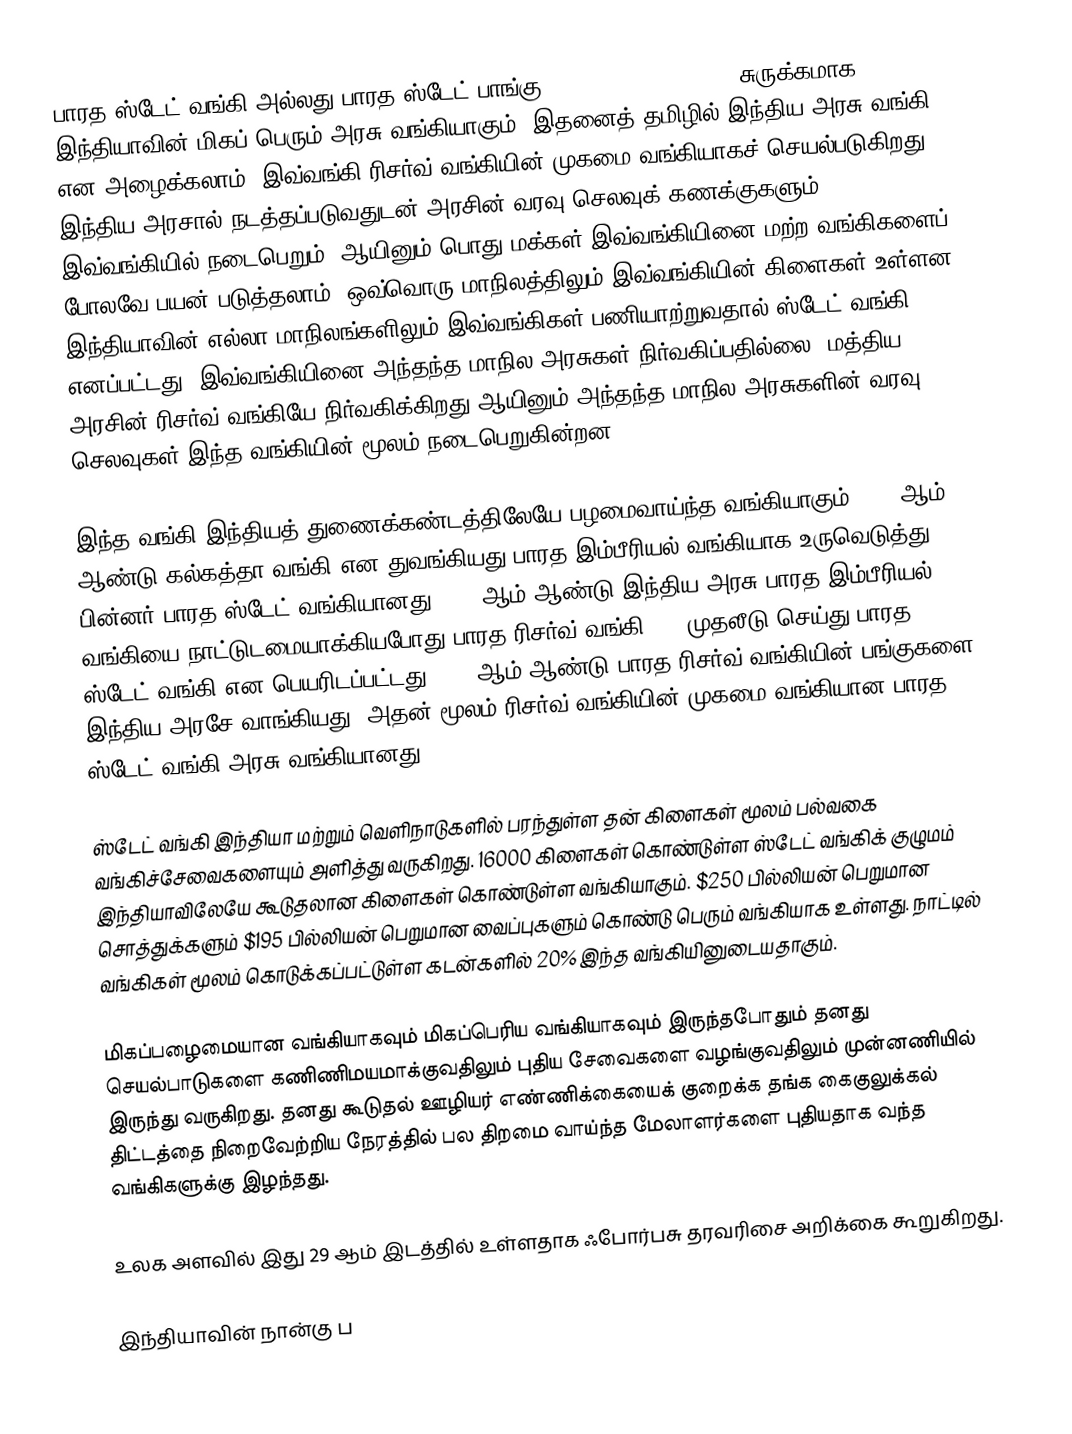
பாரத ஸ்டேட் வங்கி அல்லது பாரத ஸ்டேட் பாங்கு (State Bank of India, சுருக்கமாக SBI) (, ) இந்தியாவின் மிகப் பெரும் அரசு வங்கியாகும். இதனைத் தமிழில் இந்திய அரசு வங்கி என அழைக்கலாம். இவ்வங்கி ரிசர்வ் வங்கியின் முகமை வங்கியாகச் செயல்படுகிறது. இந்திய அரசால் நடத்தப்படுவதுடன் அரசின் வரவு செலவுக் கணக்குகளும் இவ்வங்கியில் நடைபெறும். ஆயினும் பொது மக்கள் இவ்வங்கியினை மற்ற வங்கிகளைப் போலவே பயன் படுத்தலாம். ஒவ்வொரு மாநிலத்திலும் இவ்வங்கியின் கிளைகள் உள்ளன. இந்தியாவின் எல்லா மாநிலங்களிலும் இவ்வங்கிகள் பணியாற்றுவதால் ஸ்டேட் வங்கி எனப்பட்டது. இவ்வங்கியினை அந்தந்த மாநில அரசுகள் நிர்வகிப்பதில்லை. மத்திய அரசின் ரிசர்வ் வங்கியே நிர்வகிக்கிறது.ஆயினும் அந்தந்த மாநில அரசுகளின் வரவு செலவுகள் இந்த வங்கியின் மூலம் நடைபெறுகின்றன.

இந்த வங்கி  இந்தியத் துணைக்கண்டத்திலேயே பழமைவாய்ந்த வங்கியாகும். 1806ஆம் ஆண்டு கல்கத்தா வங்கி என துவங்கியது பாரத இம்பீரியல் வங்கியாக உருவெடுத்து பின்னர் பாரத ஸ்டேட் வங்கியானது. 1955ஆம் ஆண்டு இந்திய அரசு பாரத இம்பீரியல் வங்கியை நாட்டுடமையாக்கியபோது பாரத ரிசர்வ் வங்கி 60% முதலீடு செய்து பாரத ஸ்டேட் வங்கி என பெயரிடப்பட்டது. 2008ஆம் ஆண்டு பாரத ரிசர்வ் வங்கியின் பங்குகளை இந்திய அரசே வாங்கியது. அதன் மூலம் ரிசர்வ் வங்கியின் முகமை வங்கியான பாரத ஸ்டேட் வங்கி அரசு வங்கியானது.

ஸ்டேட் வங்கி இந்தியா மற்றும் வெளிநாடுகளில் பரந்துள்ள தன் கிளைகள் மூலம் பல்வகை வங்கிச்சேவைகளையும் அளித்து வருகிறது. 16000 கிளைகள் கொண்டுள்ள ஸ்டேட் வங்கிக் குழுமம் இந்தியாவிலேயே கூடுதலான கிளைகள் கொண்டுள்ள வங்கியாகும். $250 பில்லியன் பெறுமான சொத்துக்களும் $195 பில்லியன் பெறுமான வைப்புகளும் கொண்டு  பெரும் வங்கியாக உள்ளது. நாட்டில் வங்கிகள் மூலம் கொடுக்கப்பட்டுள்ள கடன்களில் 20% இந்த வங்கியினுடையதாகும்.

மிகப்பழைமையான வங்கியாகவும் மிகப்பெரிய வங்கியாகவும் இருந்தபோதும் தனது செயல்பாடுகளை கணிணிமயமாக்குவதிலும் புதிய சேவைகளை வழங்குவதிலும் முன்னணியில் இருந்து வருகிறது. தனது கூடுதல் ஊழியர் எண்ணிக்கையைக் குறைக்க தங்க கைகுலுக்கல் திட்டத்தை நிறைவேற்றிய நேரத்தில் பல திறமை வாய்ந்த மேலாளர்களை புதியதாக வந்த வங்கிகளுக்கு இழந்தது.

உலக அளவில் இது 29 ஆம் இடத்தில் உள்ளதாக ஃபோர்பசு தரவரிசை அறிக்கை கூறுகிறது.

இந்தியாவின் நான்கு ப